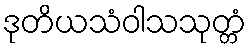
ဒုတိယသံဝါသသုတ္တံ